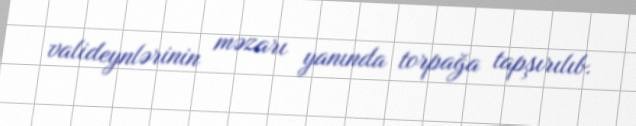
valideynlərinin məzarı yanında torpağa tapşırılıb.